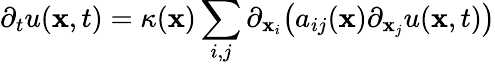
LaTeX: \partial_{t}u(\mathbf{x},t)=\kappa(\mathbf{x})\sum_{i,j}\partial_{\mathbf{x}_{i}}{\bigl(}a_{ij}(\mathbf{x})\partial_{\mathbf{x}_{j}}u(\mathbf{x},t){\bigr)}